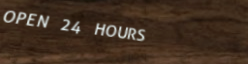
OPEN 24 HOURS